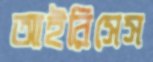
আইরিসেস